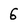
Character: 6